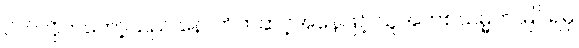
ပိတ်လိုက်တော့သည် နောက်တဆင့်အနေဖြင့် ယူအက်စ်သမ္မတ မြင်ရမှ